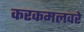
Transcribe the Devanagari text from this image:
करकमलवरे